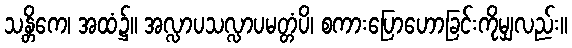
သန္တိကေ၊ အထံ၌။ အလ္လာပသလ္လာပမတ္တံပိ၊ စကားပြောဟောခြင်းကိုမျှလည်း။